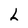
Character: L